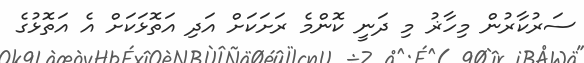
ސަރުކާރުން މިހާޜު މި ދަނީ ކޮންމެ ރަށަކަށް އަދި އަތޮޅަކަށް އެ އަތޮޅުގެ